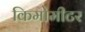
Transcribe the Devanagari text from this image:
किमोमीटर